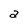
Character: a